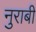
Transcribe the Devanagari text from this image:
नुराबी